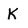
Character: K